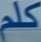
كلم